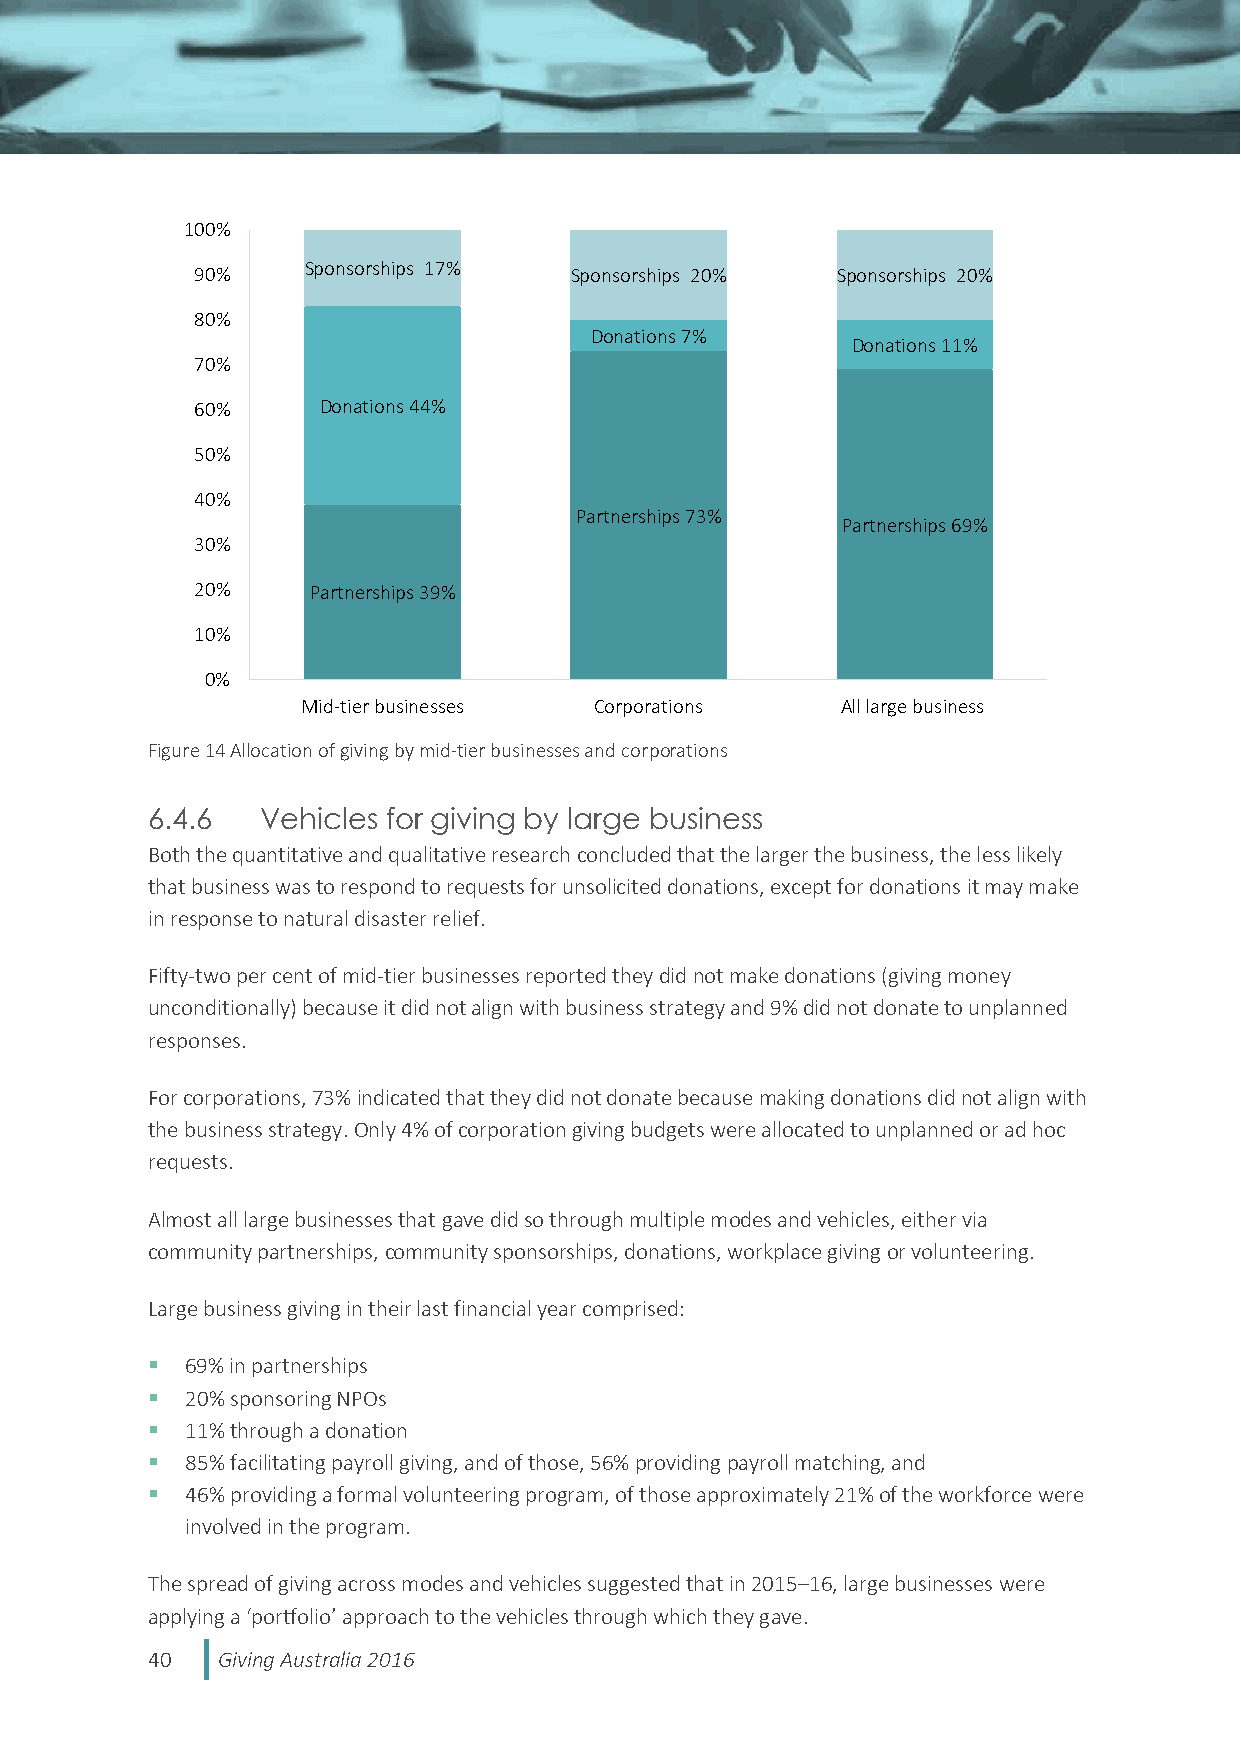
100%
 90%    Sponsorships 17%  Sponsorships 20% Sponsorships 20%
 80%
 Donations 7%
 Donations 11%
 70%
 60%     Donations 44%
 50%
 40%
 Partnerships 73%
 Partnerships 69%
 30%
 20%     Partnerships 39%
 10%
 0%
 Mid-tier businesses Corporations    All large business
 Figure 14 Allocation of giving by mid-tier businesses and corporations
 6.4.6  Vehicles for giving by large business
 Both the quantitative and qualitative research concluded that the larger the business, the less likely
 that business was to respond to requests for unsolicited donations, except for donations it may make
 in response to natural disaster relief.
 Fifty-two per cent of mid-tier businesses reported they did not make donations (giving money
 unconditionally) because it did not align with business strategy and 9% did not donate to unplanned
 responses.
 For corporations, 73% indicated that they did not donate because making donations did not align with
 the business strategy. Only 4% of corporation giving budgets were allocated to unplanned or ad hoc
 requests.
 Almost all large businesses that gave did so through multiple modes and vehicles, either via
 community partnerships, community sponsorships, donations, workplace giving or volunteering.
 Large business giving in their last financial year comprised:
  69% in partnerships
  20% sponsoring NPOs
  11% through a donation
  85% facilitating payroll giving, and of those, 56% providing payroll matching, and
  46% providing a formal volunteering program, of those approximately 21% of the workforce were
 involved in the program.
 The spread of giving across modes and vehicles suggested that in 2015–16, large businesses were
 applying a ‘portfolio’ approach to the vehicles through which they gave.
 40  Giving Australia 2016